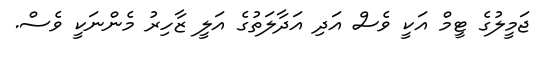
ޖަމީލުގެ ޓީމް އަކީ ވެސް އަދި އަދާލަތުގެ އަލީ ޒާހިރު މެންނަކީ ވެސް.